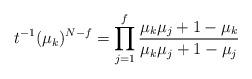
LaTeX: \begin{align*}t^{-1} (\mu_k)^{N-f} = \prod_{j=1}^f \frac{\mu_k\mu_j +1 - \mu_k}{\mu_k\mu_j +1 -\mu_j} \end{align*}